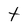
Character: t